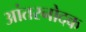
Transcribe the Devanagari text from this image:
आंतरनोदक